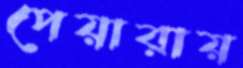
পেয়ারায়